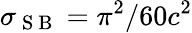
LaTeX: \sigma_{\mathrm{~S~B~}}=\pi^{2}/60c^{2}